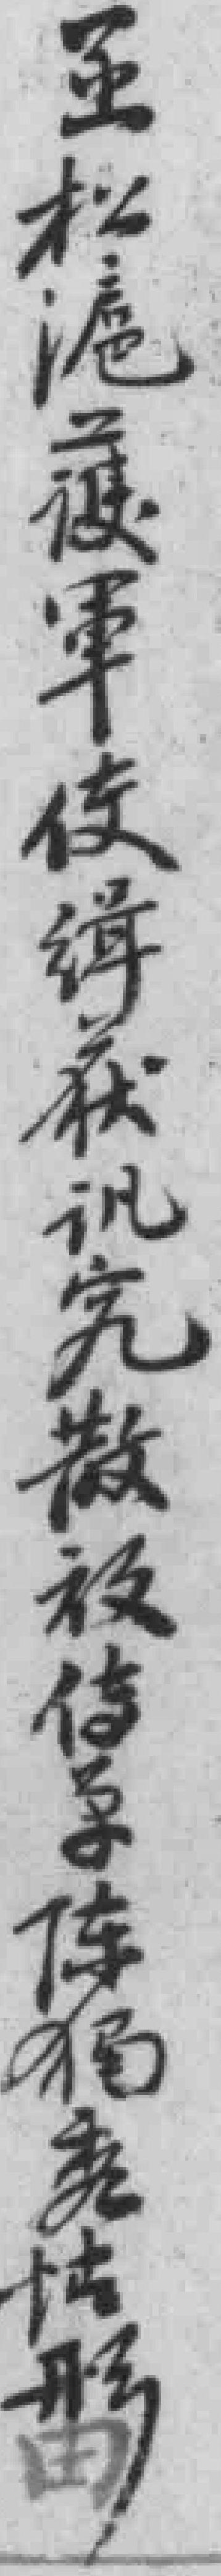
*松滬獲軍*缉获松滬獲軍使縛獲訉究散放傳單陈独秀情形